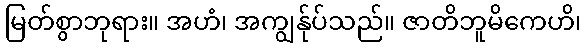
မြတ်စွာဘုရား။ အဟံ၊ အကျွန်ုပ်သည်။ ဇာတိဘူမိကေဟိ၊